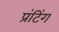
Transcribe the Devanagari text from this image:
प्रंटिंग